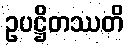
ဥပဋ္ဌိတဿတိ